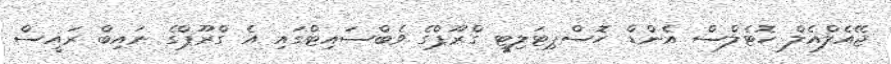
ޖޭއެލްއެލް ހޮޓެލްސް އެންޑް ހޮސްޕިޓަލިޓީ ގްރޫޕްގެ ވެބްސައިޓްގައި އެ ގްރޫޕްގެ ނައިބް ރައީސް